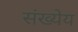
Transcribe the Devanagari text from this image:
संख्येय